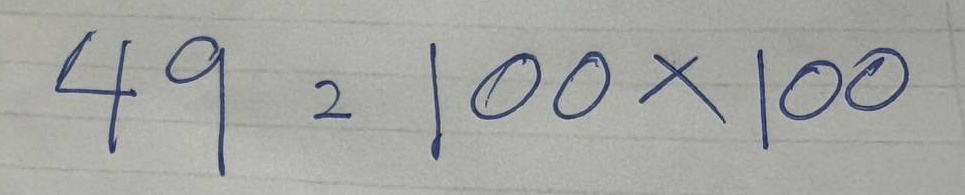
49 = 100x100